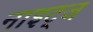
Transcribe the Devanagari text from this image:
नाइट्ज